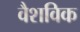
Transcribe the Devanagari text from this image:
वैशविक